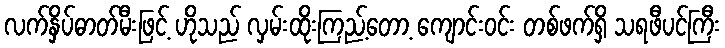
လက်နှိပ်ဓာတ်မီးဖြင့် ဟိုသည် လှမ်းထိုးကြည့်တော့ ကျောင်းဝင်း တစ်ဖက်ရှိ သရဖီပင်ကြီး